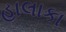
હાલાકા